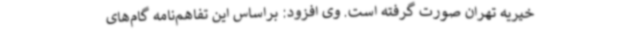
خیریه تهران صورت گرفته است. وی افزود: براساس این تفاهم‌نامه گام‌های